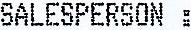
SALESPERSON: